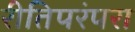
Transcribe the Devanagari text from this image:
रीतिपरंपरा